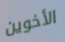
الأخوين